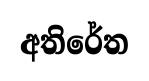
අතිරේත